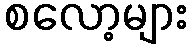
စလော့များ